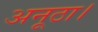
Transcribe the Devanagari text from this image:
अनूठा।